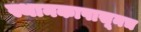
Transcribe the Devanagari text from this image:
स्थानकापासूनच